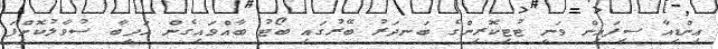
އިންޑިއާ ސިފައިން ވަނީ ޓުޓިކޮރިންގެ ބަނދަރު ބޭރުގައި ބޯޓު ބާއްވައިގެން އަދީބާ ސުވާލުކޮށްފަ